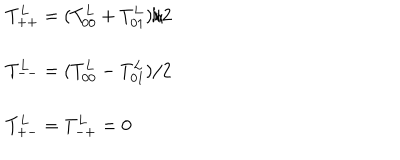
\begin{array} { l l } { { T _ { + + } ^ { L } = ( T _ { 0 0 } ^ { L } + T _ { 0 1 } ^ { L } ) / 2 } } \\ { { T _ { -- } ^ { L } = ( T _ { 0 0 } ^ { L } - T _ { 0 1 } ^ { L } ) / 2 } } \\ { { T _ { + - } ^ { L } = T _ { - + } ^ { L } = 0 } } \\ \end{array}